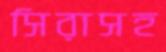
সিরাসহ